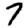
Digit: 7